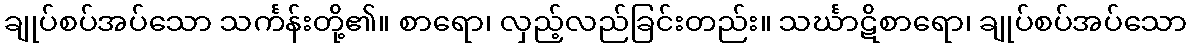
ချုပ်စပ်အပ်သော သင်္ကန်းတို့၏။ စာရော၊ လှည့်လည်ခြင်းတည်း။ သင်္ဃာဋိစာရော၊ ချုပ်စပ်အပ်သော